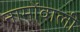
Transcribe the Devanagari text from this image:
नामोंवाली